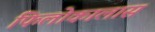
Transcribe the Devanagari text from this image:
फिलोकालास